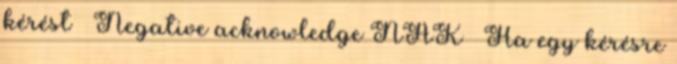
kérést ● Negative acknowledge NAK – Ha egy kérésre